Problem: 11 × 7 = ?
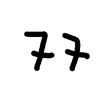
Handwritten answer: 77